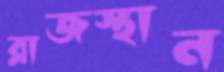
রাজস্থান